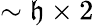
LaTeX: \sim\mathfrak{h}\times2